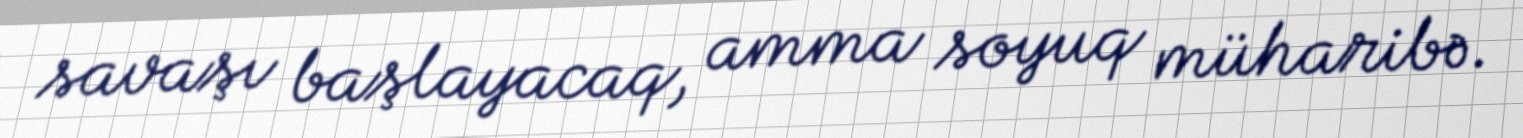
savaşı başlayacaq, amma soyuq müharibə.